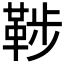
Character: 𩊶